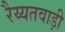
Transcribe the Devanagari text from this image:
रैय्यतवाड़ी